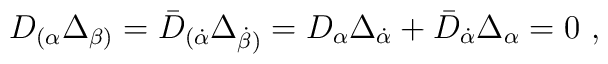
D_{(\alpha} \Delta_{\beta)}=\bar D_{({\dot{\alpha}}} \Delta_{{\dot{\beta}})}=D_\alpha \Delta_{\dot{\alpha}}+\bar D_{\dot{\alpha}} \Delta_\alpha=0\ ,